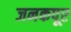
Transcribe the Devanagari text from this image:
जनकपूर